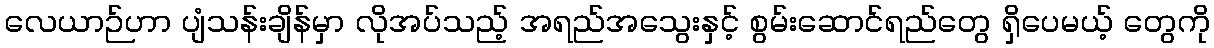
လေယာဉ်ဟာ ပျံသန်းချိန်မှာ လိုအပ်သည့် အရည်အသွေးနှင့် စွမ်းဆောင်ရည်တွေ ရှိပေမယ့် တွေကို